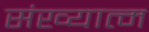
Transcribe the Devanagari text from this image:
संख्यात्म